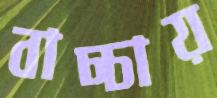
বাচ্চায়